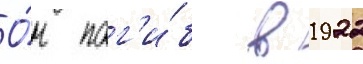
О́н пог'и́б в 1922